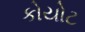
કોયોટ